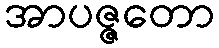
အာပဇ္ဇတော